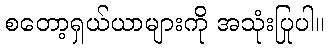
စတော့ရှယ်ယာများကို အသုံးပြုပါ။